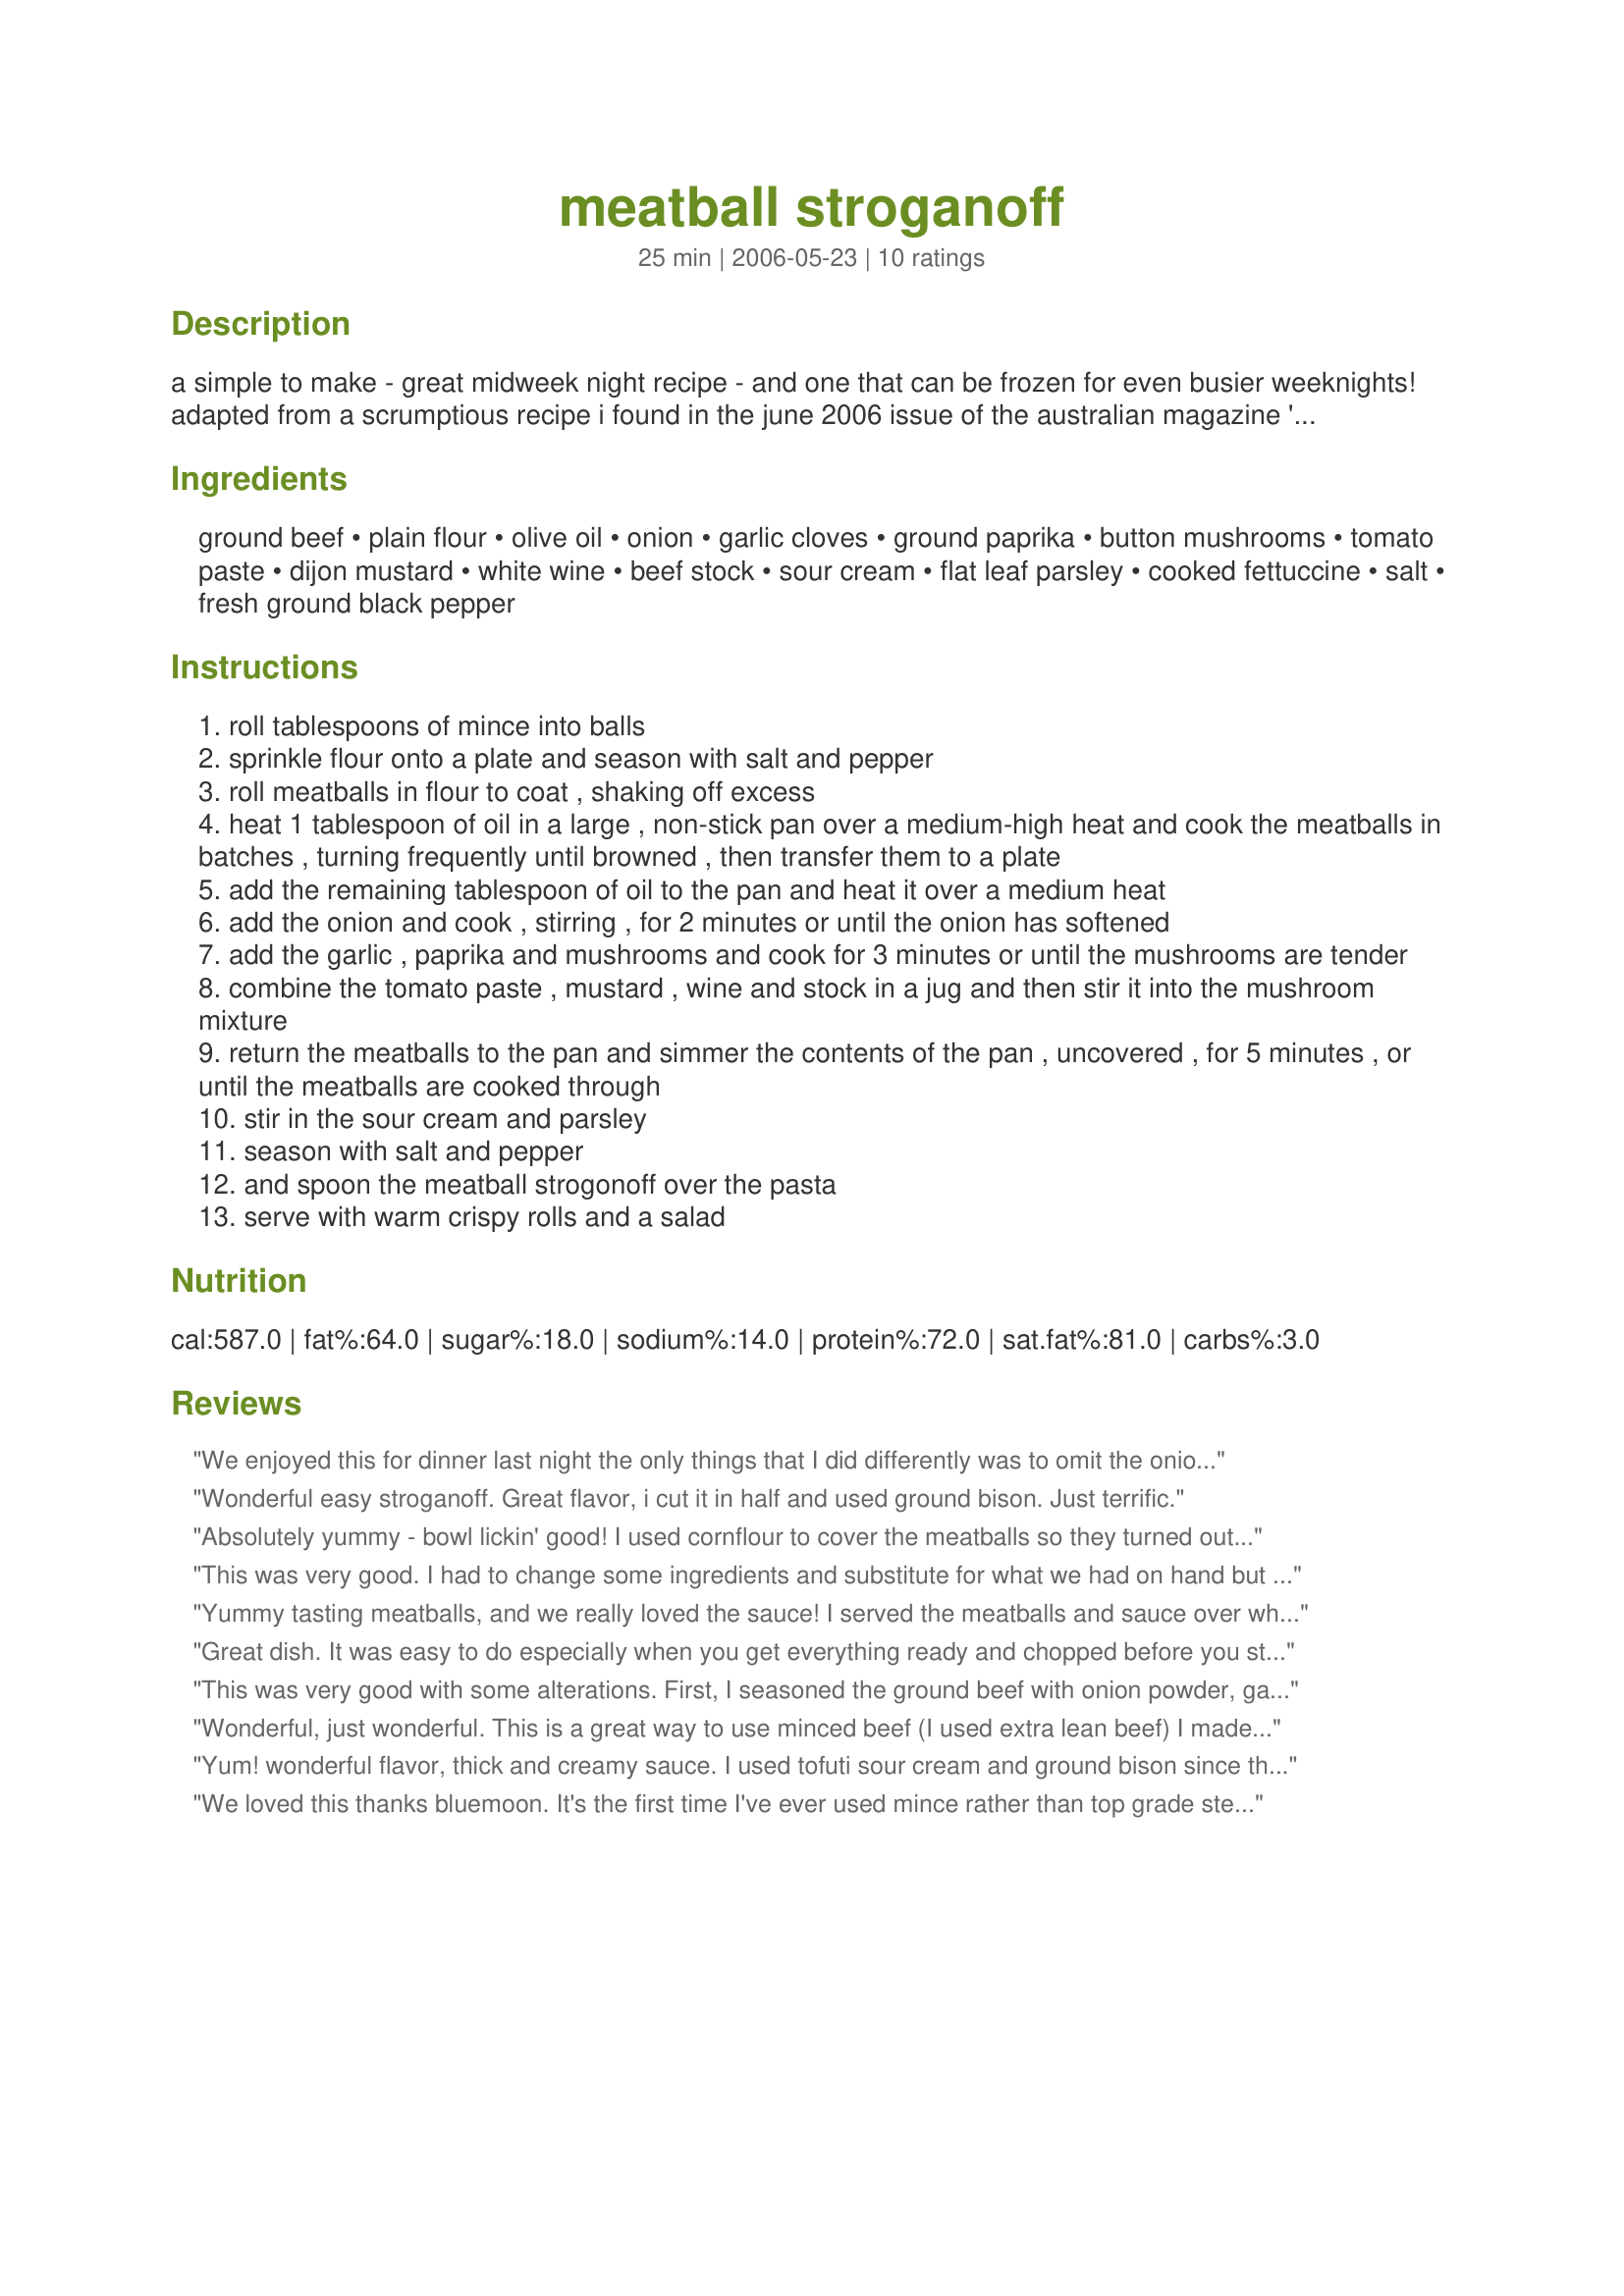
meatball stroganoff
Preparation time: 25 minutes

a simple to make - great midweek night recipe - and one that can be frozen for even busier weeknights! adapted from a scrumptious recipe i found in the june 2006 issue of the australian magazine 'super food ideas'.

Ingredients:
ground beef, plain flour, olive oil, onion, garlic cloves, ground paprika, button mushrooms, tomato paste, dijon mustard, white wine, beef stock, sour cream, flat leaf parsley, cooked fettuccine, salt, fresh ground black pepper

Steps:
roll tablespoons of mince into balls
sprinkle flour onto a plate and season with salt and pepper
roll meatballs in flour to coat , shaking off excess
heat 1 tablespoon of oil in a large , non-stick pan over a medium-high heat and cook the meatballs in batches , turning frequently until browned , then transfer them to a plate
add the remaining tablespoon of oil to the pan and heat it over a medium heat
add the onion and cook , stirring , for 2 minutes or until the onion has softened
add the garlic , paprika and mushrooms and cook for 3 minutes or until the mushrooms are tender
combine the tomato paste , mustard , wine and stock in a jug and then stir it into the mushroom mixture
return the meatballs to the pan and simmer the contents of the pan , uncovered , for 5 minutes , or until the meatballs are cooked through
stir in the sour cream and parsley
season with salt and pepper
and spoon the meatball strogonoff over the pasta
serve with warm crispy rolls and a salad

Reviews:
We enjoyed this for dinner last night the only things that I did differently was to omit the onion due to allergy issues and baked the meatballs in the oven in a alfoil lined tray sprayed with cooking oil, poured the pan juices into the frypan and proceeded as per recipe. Thank you bluemoon downunder, made for ZAAR STARS TAG GAME.
Wonderful easy stroganoff. Great flavor, i cut it in half and used ground bison. Just terrific.
Absolutely yummy - bowl lickin' good! I used cornflour to cover the meatballs so they turned out slightly crunchy. Every flavour came through in this. Like Jan I added 2 chopped up dill pickles which complimented the dish fabulously and since Dave bought too many mushrooms I doubled the sauce (and I'd do that again). Cheap to make and very filling. Definitely one for my favourites cookbook and will be made often. Thank you for posting Bluemoon downunder!
This was very good. I had to change some ingredients and substitute for what we had on hand but turned out great - now if I try it with the right ingredients would probably be even better:)
Yummy tasting meatballs, and we really loved the sauce! I served the meatballs and sauce over whole wheat noodles. I used Fat Free sour cream, and Chardonnay for the wine. Very very good! Thanks for sharing this with us BlueMoon! Made for Zaar Stars Tag Game. Linda
Great dish. It was easy to do especially when you get everything ready and chopped before you start cooking. I found that the sour cream separated when added. I think letting the dish cool a bit before adding the sour cream might help that. It's great the next day as well! I left out the white wine (didn't have any at the time) and it still tasted great. I just increased the amount of beef stock to make up for lack of wine.
This was very good with some alterations. First, I seasoned the ground beef with onion powder, garlic powder, salt, pepper, and paprika before forming meatballs and browning them. Second, I served this over egg noodles. Next time I will add some crushed red pepper to the sauce mixture. Thanks for sharing!
Wonderful, just wonderful. This is a great way to use minced beef (I used extra lean beef) I made as directed except I doubled the sauce ingredients and upped the mushrooms (sliced mine) to 375gm. This time I served over wide egg noodles, next time I'll serve over creamy mashed spuds and veg for something a bit diff.
Yum! wonderful flavor, thick and creamy sauce. I used tofuti sour cream and ground bison since that was what I had around :-). I also used baby portabello mushrooms because they're supposed to be more flavorful than buttons. Definitely will make again!
We loved this thanks bluemoon. It's the first time I've ever used mince rather than top grade steak for stroganoff and it was great. It's a great budget stretcher, is not as fussy time wise as good steak,and was yummy comfort food. The only change Russ made a was to add a couple of chopped dill pickles to it-we love that in our stroganoff. I'm sure we will make this again and again.
